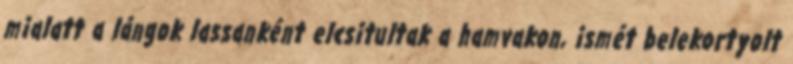
mialatt a lángok lassanként elcsitultak a hamvakon, ismét belekortyolt